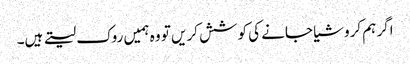
اگر ہم کروشیا جانے کی کوشش کریں تو وہ ہمیں روک لیتے ہیں۔